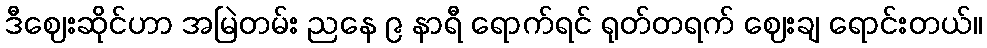
ဒီဈေးဆိုင်ဟာ အမြဲတမ်း ညနေ ၉ နာရီ ရောက်ရင် ရုတ်တရက် ဈေးချ ရောင်းတယ်။